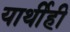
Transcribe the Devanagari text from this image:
यार्थीही